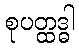
စုပတ္ထဒ္ဓါ